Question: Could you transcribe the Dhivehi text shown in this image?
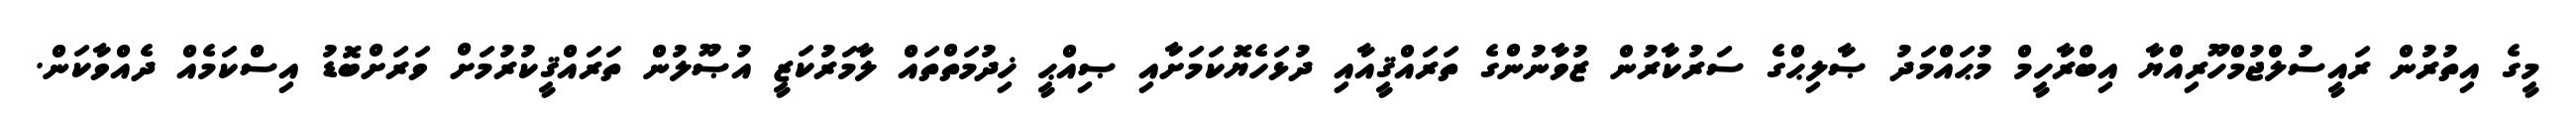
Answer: މީގެ އިތުރުން ރައީސުލްޖުމްހޫރިއްޔާ އިބްރާހީމް މުޙައްމަދު ޞާލިޙްގެ ސަރުކާރުން ޒުވާނުންގެ ތަރައްޤީއާއި ދުޅަހެޔޮކަމަށާއި ޞިއްޙީ ޚިދުމަތްތައް ލާމަރުކަޒީ އުޞޫލުން ތަރައްޤީކުރުމަށް ވަރަށްބޮޑު އިސްކަމެއް ދެއްވާކަން.